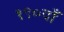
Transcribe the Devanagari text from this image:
१९०वाँ